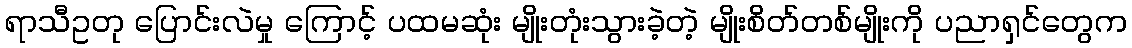
ရာသီဥတု ပြောင်းလဲမှု ကြောင့် ပထမဆုံး မျိုးတုံးသွားခဲ့တဲ့ မျိုးစိတ်တစ်မျိုးကို ပညာရှင်တွေက